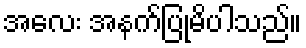
အလေး အနက်ပြုမိပါသည်။